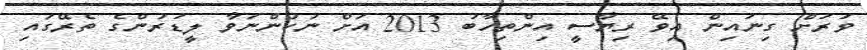
ވަރަށް ގިނައިން އިވޭ ރިޔާސީ އިންތިހާބު 2013 އަށް ނުކުންނަވާ ލީޑަރުންގެ ތެރޭގައި